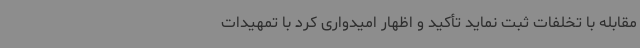
مقابله با تخلفات ثبت نماید تأکید و اظهار امیدواری کرد با تمهیدات